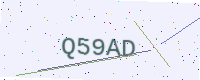
Text: Q59AD